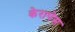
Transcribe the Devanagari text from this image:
केरापेस